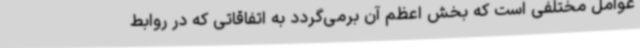
عوامل مختلفی است که بخش اعظم آن برمی‌گردد به اتفاقاتی که در روابط